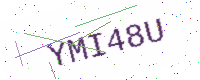
Text: YMI48U